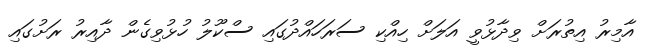
އާމިރު އިތުރަށް ވިދާޅުވީ އަލަށް ހިއްކި ސަރަހައްދުގައި ސްކޫލު ހުޅުވިގެން ދާއިރު ރަށުގައި